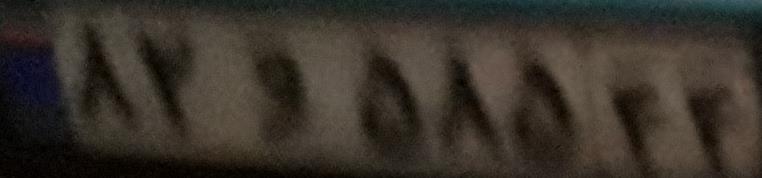
۸۲و۵۸۵۴۴